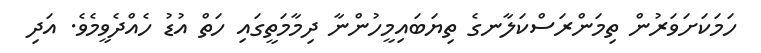
ހަމަކަށަވަރުން ތިމަންރަސްކަލާނގެ ތިޔަބައިމީހުންނާ ދިމާމަތީގައި ހަތް އުޑު ހެއްދެވީމެވެ. އަދި